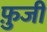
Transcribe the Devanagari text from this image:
फ़ुजी